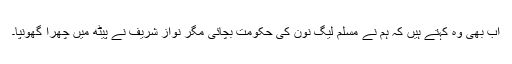
اب بھی وہ کہتے ہیں کہ ہم نے مسلم لیگ نون کی حکومت بچائی مگر نواز شریف نے پیٹھ میں چُھرا گھونپا۔